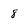
Character: 8